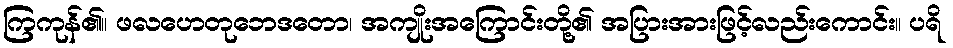
ကြကုန်၏။ ဖလဟေတုဘေဒတော၊ အကျိုးအကြောင်းတို့၏ အပြားအားဖြင့်လည်းကောင်း။ ပရိ